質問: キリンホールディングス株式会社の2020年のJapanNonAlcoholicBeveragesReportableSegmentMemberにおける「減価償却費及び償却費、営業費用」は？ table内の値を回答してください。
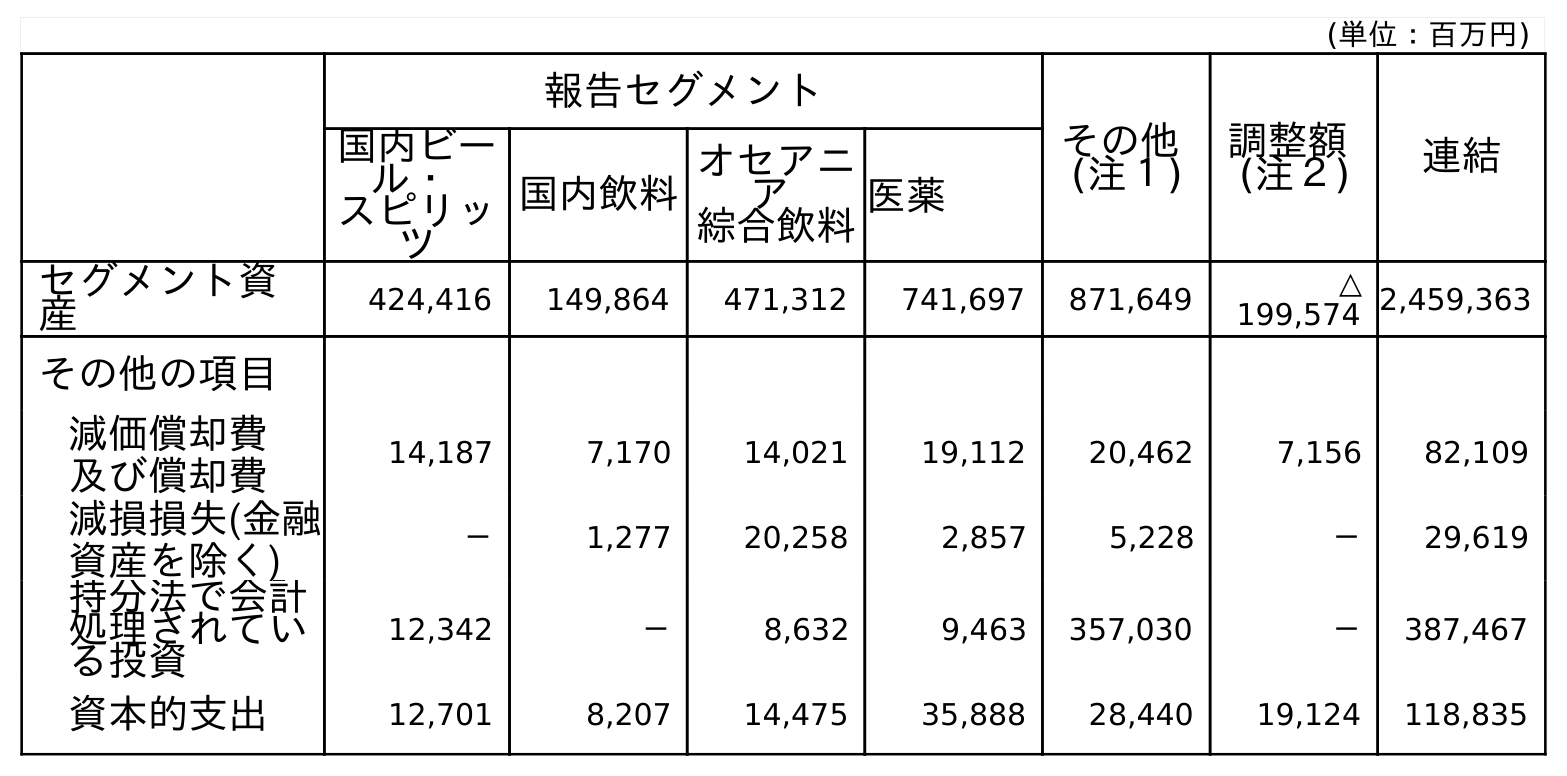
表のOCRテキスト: (単位：百万円) 報告セグメント その他 (注１) 調整額 (注２) 連結 国内ビー ル・ スピリッ ツ 国内飲料 オセアニ ア 綜合飲料医薬 セグメント資 産 424,416 149,864 471,312 741,697 871,649 △ 199,574 2,459,363 その他の項目 減価償却費 及び償却費 14,187 7,170 14,021 19,112 20,462 7,156 82,109 減損損失(金融 資産を除く) － 1,277 20,258 2,857 5,228 － 29,619 持分法で会計 処理されてい る投資 12,342 － 8,632 9,463 357,030 － 387,467 資本的支出 12,701 8,207 14,475 35,888 28,440 19,124 118,835
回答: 7,170